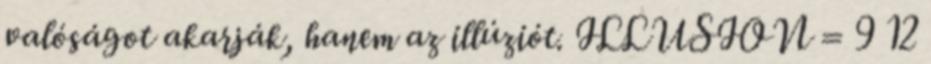
valóságot akarják, hanem az illúziót. ILLUSION = 9 12